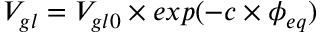
V _ { g l } = V _ { g l 0 } \times e x p ( - c \times \phi _ { e q } )